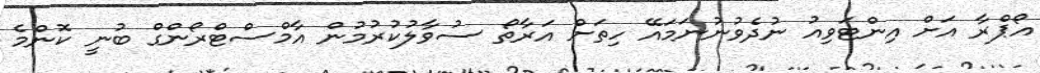
އޯޕްރާ އަށް އިންޓަވިއު ނުދެވުނުނަމައޭ ހިތަށް އަރާތޯ ސުވާލުކުރުމުން އާމްސްޓްރޯންގް ބުނީ ކޮންމެ